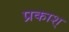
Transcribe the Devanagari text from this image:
प्रकाश्